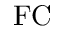
\mathrm { F C }